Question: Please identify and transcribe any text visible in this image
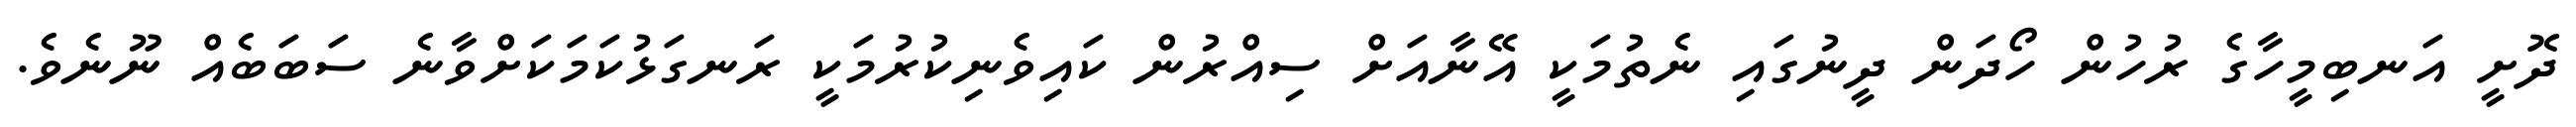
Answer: ދޮށީ އަނބިމީހާގެ ރުހުން ހޯދަން ދީނުގައި ނެތުމަކީ އޭނާއަށް ސިއްރުން ކައިވެނިކުރުމަކީ ރަނގަޅުކަމަކަށްވާނެ ސަބަބެއް ނޫނެވެ.